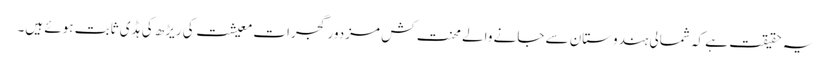
یہ حقیقت ہے کہ شمالی ہندوستان سے جانے والے محنت کش مزدور گجرات معیشت کی ریڑھ کی ہڈی ثابت ہوئے ہیں۔